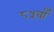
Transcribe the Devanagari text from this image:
८५वाँ